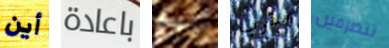
أين باعادة ربع مقرب تتصرفين